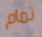
تمام